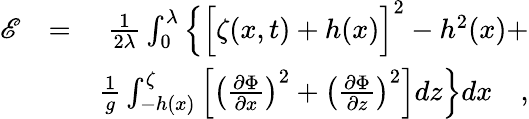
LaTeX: \begin{array}{rlr}{\mathscr{E}}&{=}&{\frac{1}{2\lambda}\int_{0}^{\lambda}\Big\{ \Big[\zeta(x,t)+h(x)\Big]^{2}-h^{2}(x)+}\\ &{}&{\frac{1}{g}\int_{-h(x)}^{\zeta}\left[\left(\frac{\partial\Phi}{\partial x}\right)^{2}+\left(\frac{\partial\Phi}{\partial z}\right)^{2}\right]dz\Big\} dx\quad,}\end{array}